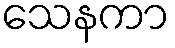
သေနကာ